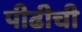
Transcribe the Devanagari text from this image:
पीढीची